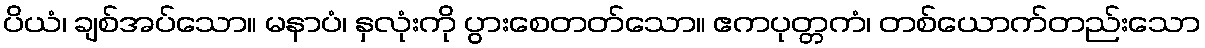
ပိယံ၊ ချစ်အပ်သော။ မနာပံ၊ နှလုံးကို ပွားစေတတ်သော။ ဧကပုတ္တကံ၊ တစ်ယောက်တည်းသော